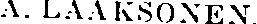
A. LAAKSONEN